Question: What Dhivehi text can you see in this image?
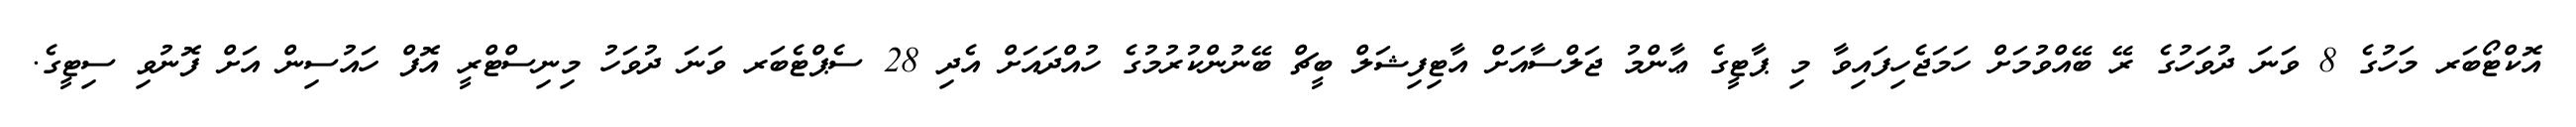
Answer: އޮކްޓޯބަރ މަހުގެ 8 ވަނަ ދުވަހުގެ ރޭ ބޭއްވުމަށް ހަމަޖެހިފައިވާ މި ޕާޓީގެ ޢާންމު ޖަލްސާއަށް އާޓިފިޝަލް ބީޗް ބޭނުންކުރުމުގެ ހުއްދައަށް އެދި 28 ސެޕްޓެބަރ ވަނަ ދުވަހު މިނިސްޓްރީ އޮފް ހައުސިން އަށް ފޮނުވި ސިޓީގެ.